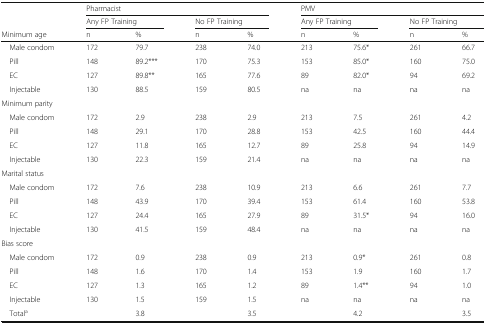
| <ROWSPAN=2>  | <COLSPAN=4> Pharmacist | <COLSPAN=4> PMV |
 | <COLSPAN=2> Any FP Training | <COLSPAN=2> No FP Training | <COLSPAN=2> Any FP Training | <COLSPAN=2> No FP Training |
 | Minimum age | n | % | n | % | n | % | n | % |
 | --- | --- | --- | --- | --- | --- | --- | --- | --- |
 | Male condom | 172 | 79.7 | 238 | 74.0 | 213 | 75.6* | 261 | 66.7 |
 | Pill | 148 | 89.2*** | 170 | 75.3 | 153 | 85.0* | 160 | 75.0 |
 | EC | 127 | 89.8** | 165 | 77.6 | 89 | 82.0* | 94 | 69.2 |
 | Injectable | 130 | 88.5 | 159 | 80.5 | na | na | na | na |
 | <COLSPAN=9> Minimum parity |
 | Male condom | 172 | 2.9 | 238 | 2.9 | 213 | 7.5 | 261 | 4.2 |
 | Pill | 148 | 29.1 | 170 | 28.8 | 153 | 42.5 | 160 | 44.4 |
 | EC | 127 | 11.8 | 165 | 12.7 | 89 | 25.8 | 94 | 14.9 |
 | Injectable | 130 | 22.3 | 159 | 21.4 | na | na | na | na |
 | <COLSPAN=9> Marital status |
 | Male condom | 172 | 7.6 | 238 | 10.9 | 213 | 6.6 | 261 | 7.7 |
 | Pill | 148 | 43.9 | 170 | 39.4 | 153 | 61.4 | 160 | 53.8 |
 | EC | 127 | 24.4 | 165 | 27.9 | 89 | 31.5* | 94 | 16.0 |
 | Injectable | 130 | 41.5 | 159 | 48.4 | na | na | na | na |
 | <COLSPAN=9> Bias score |
 | Male condom | 172 | 0.9 | 238 | 0.9 | 213 | 0.9* | 261 | 0.8 |
 | Pill | 148 | 1.6 | 170 | 1.4 | 153 | 1.9 | 160 | 1.7 |
 | EC | 127 | 1.3 | 165 | 1.2 | 89 | 1.4** | 94 | 1.0 |
 | Injectable | 130 | 1.5 | 159 | 1.5 | na | na | na | na |
 | Totala |  | 3.8 |  | 3.5 |  | 4.2 |  | 3.5 |